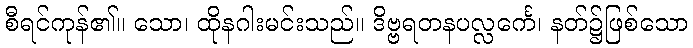
စီရင်ကုန်၏။ သော၊ ထိုနဂါးမင်းသည်။ ဒိဗ္ဗရတနပလ္လင်္ကေ၊ နတ်၌ဖြစ်သော